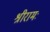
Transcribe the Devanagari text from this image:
श्रीरामः